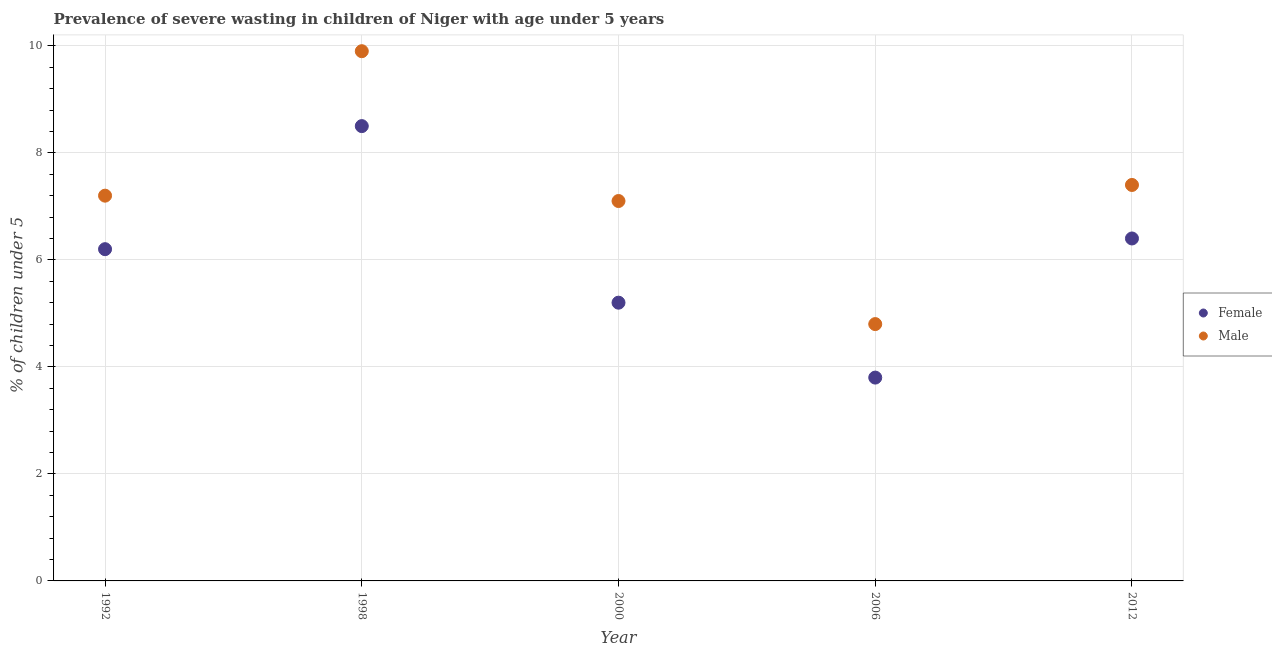
| Year | Female | Male |
 | --- | --- | --- |
 | 1992 | 6.2 | 7.2 |
 | 1998 | 8.5 | 9.9 |
 | 2000 | 5.2 | 7.1 |
 | 2006 | 3.8 | 4.8 |
 | 2012 | 6.4 | 7.4 |